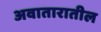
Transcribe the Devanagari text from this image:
अवातारातील